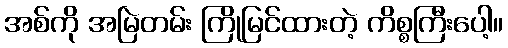
အစ်ကို အမြဲတမ်း ကြိုမြင်ထားတဲ့ ကိစ္စကြီးပေါ့။